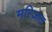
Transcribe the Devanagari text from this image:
मन्ज़िल